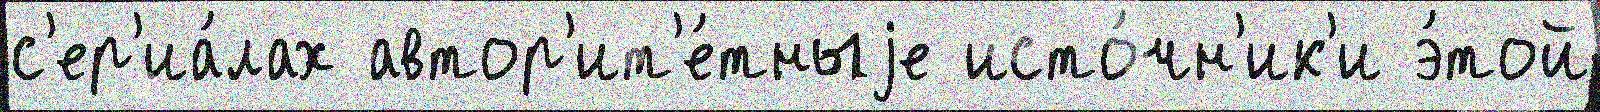
с'ер'иа́лах автор'ит'е́тныjе исто́чн'ик'и э́той